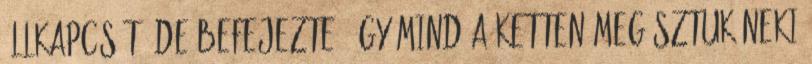
állkapcsát, de befejezte, így mind a ketten megúsztuk neki